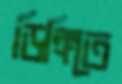
ডিঙ্গিতে